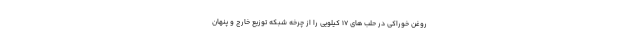
روغن خوراکی در حلب های ۱۷ کیلویی را از چرخه شبکه توزیع خارج و پنهان